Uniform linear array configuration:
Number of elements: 24
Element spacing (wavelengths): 1
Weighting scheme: uniform
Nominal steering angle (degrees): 60
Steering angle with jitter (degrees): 60.32
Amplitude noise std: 0.05
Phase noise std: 0.05

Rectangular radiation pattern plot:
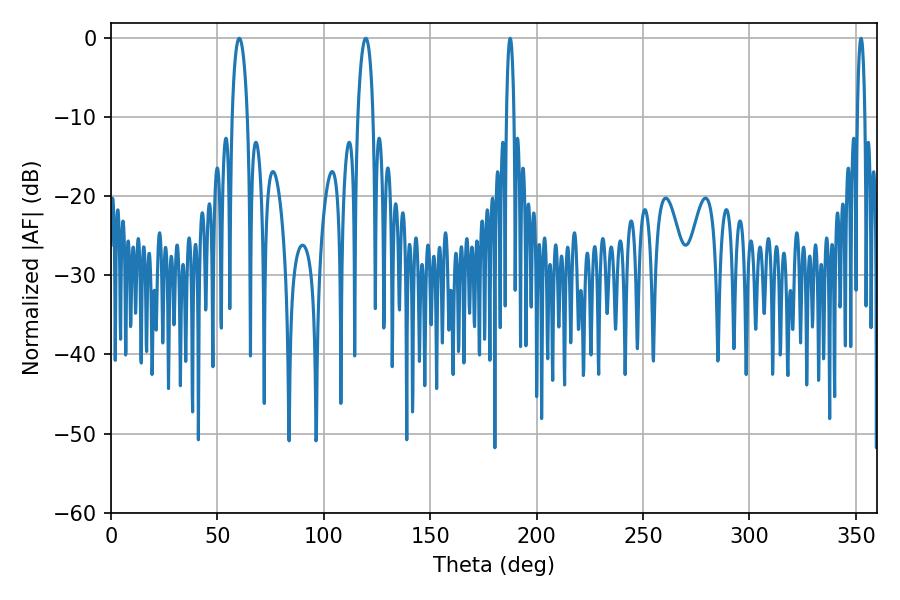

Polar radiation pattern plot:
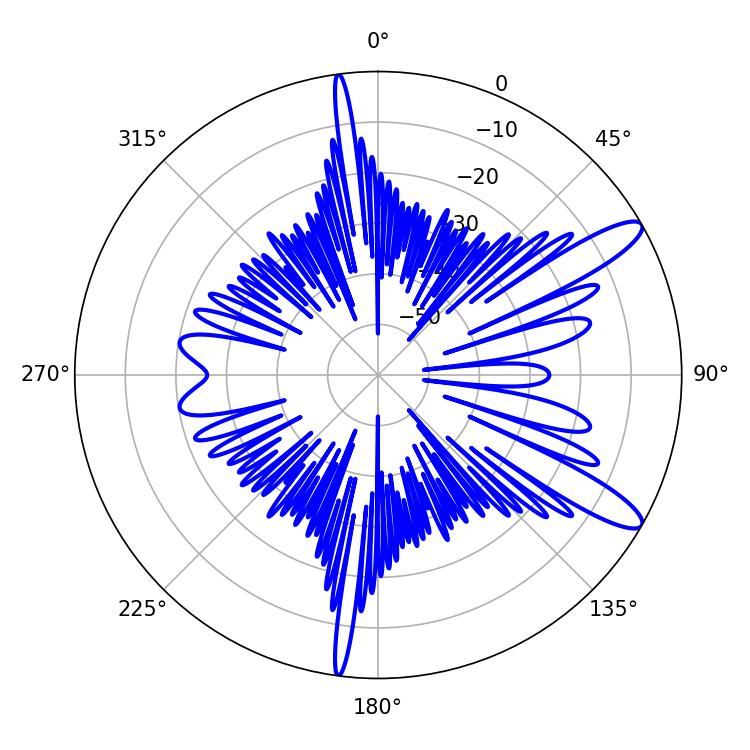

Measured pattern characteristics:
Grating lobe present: TRUE
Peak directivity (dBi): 11.874
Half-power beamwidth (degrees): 1.8
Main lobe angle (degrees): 187.56